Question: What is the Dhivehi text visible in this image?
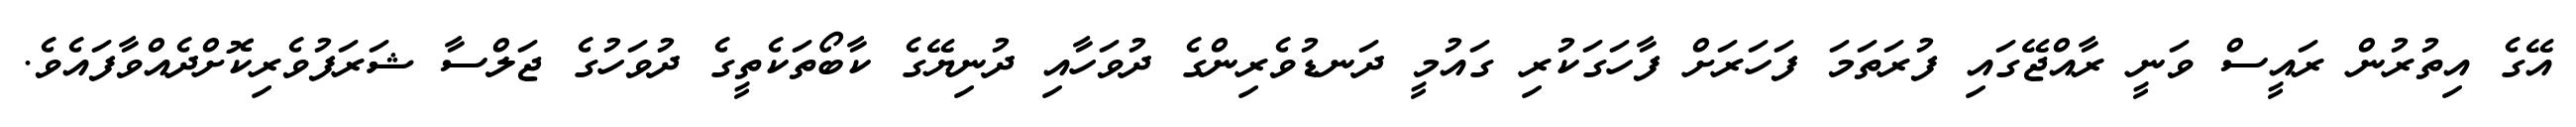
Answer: އޭގެ އިތުރުން ރައީސް ވަނީ ރާއްޖޭގައި ފުރަތަމަ ފަހަރަށް ފާހަގަކުރި ގައުމީ ދަނޑުވެރިންގެ ދުވަހާއި ދުނިޔޭގެ ކާބޯތަކެތީގެ ދުވަހުގެ ޖަލްސާ ޝަރަފުވެރިކޮށްދެއްވާފައެވެ.